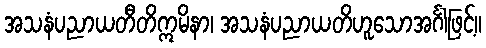
အသနံပညာယတီတိဣမိနာ၊ အသနံပညာယတိဟူသောအင်္ဂါဖြင့်။